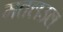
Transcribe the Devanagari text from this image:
मतलउल